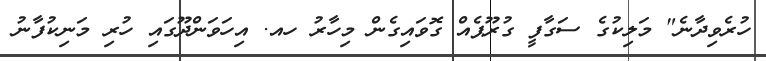
ހުރެވިދާނެ" މަލިކުގެ ސަގާފީ ގުރޫޕެއް ގޮވައިގެން މިހާރު ހއ. އިހަވަންދޫގައި ހުރި މަނިކުފާނު